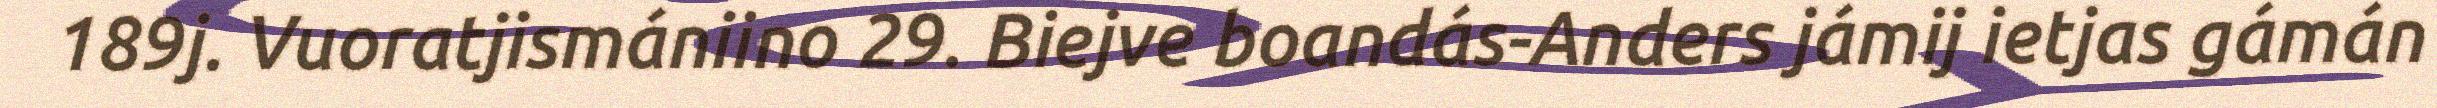
189j. Vuoratjismániino 29. Biejve boandás-Anders jámij ietjas gámán